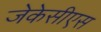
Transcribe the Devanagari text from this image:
जेकेसीएस